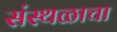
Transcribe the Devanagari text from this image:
संस्थळाचा